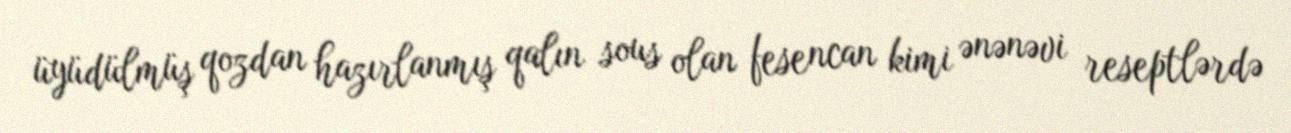
üyüdülmüş qozdan hazırlanmış qalın sous olan fesencan kimi ənənəvi reseptlərdə